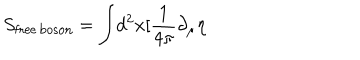
LaTeX: S _ { \mathrm { f r e e \, b o s o n } } = \int \! d ^ { 2 } x [ \frac { 1 } { 4 \pi } \partial _ { \mu } \eta